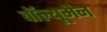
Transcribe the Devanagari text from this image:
वॉल्यूमैन